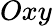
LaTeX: Oxy